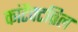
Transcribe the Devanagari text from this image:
कांटैक्टब्रिल